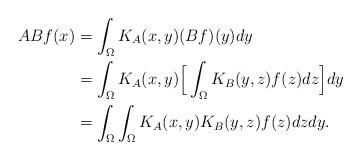
LaTeX: \begin{align*}ABf(x)&=\int_{\Omega}K_{A}(x,y) (Bf)(y)dy\\&=\int_{\Omega}K_{A}(x,y)\Big[\int_{\Omega}K_{B}(y,z)f(z)dz\Big]dy\\&=\int_{\Omega}\int_{\Omega}K_{A}(x,y) K_{B}(y,z)f(z)dzdy.\end{align*}